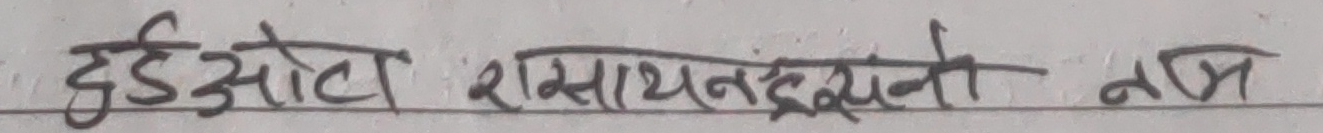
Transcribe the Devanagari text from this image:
दईओट रसाथानेइने नाम